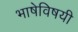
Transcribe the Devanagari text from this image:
भाषेविषयी